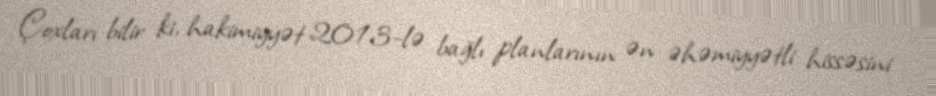
Çoxları bilir ki, hakimiyyət 2013-lə bağlı planlarının ən əhəmiyyətli hissəsini